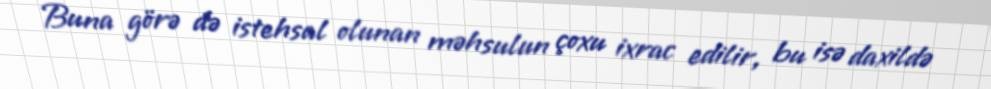
Buna görə də istehsal olunan məhsulun çoxu ixrac edilir, bu isə daxildə